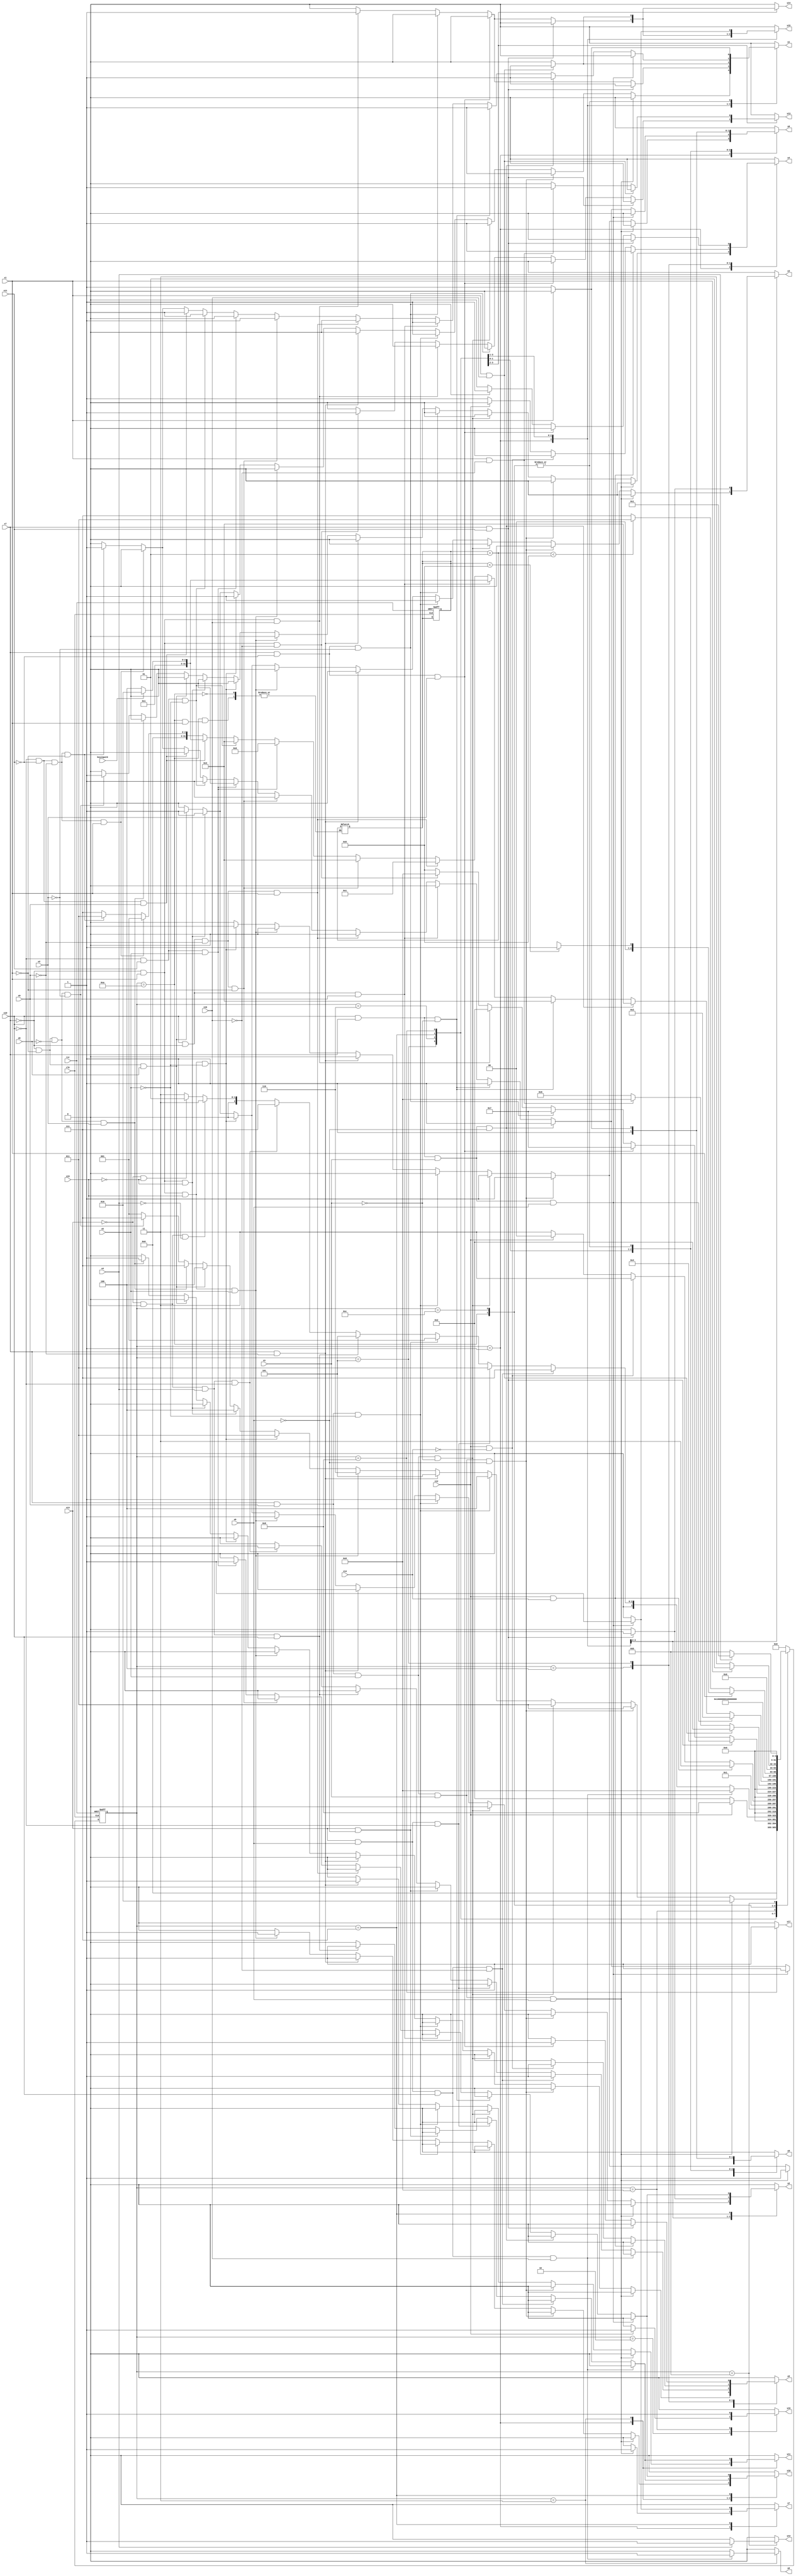
module e161 ( clk,rst,
	x1, x2, x3, x4, x5, x6, x7, x8, x9, x10, x11, x12, x13, x14, x15,
	x16, keyinput0, 
	y1, y2, y3, y4, y5, y6, y7, y8, y9, y10, y11, y12, y13, y14, y15,
	y16, y17);

input clk, rst, x1, x2, x3, x4, x5, x6, x7, x8, x9, x10, x11, x12, x13, x14, x15,
	x16, keyinput0;
output y1, y2, y3, y4, y5, y6, y7, y8, y9, y10, y11, y12, y13, y14, y15,
	y16, y17;
reg y1, y2, y3, y4, y5, y6, y7, y8, y9, y10, y11, y12, y13, y14, y15,
	y16, y17;

parameter s1=1, s2=2, s3=3, s4=4, s5=5, s6=6, s7=7, s8=8, s9=9, s10=10,	s11=11, s10_d=12;
integer pr_state;
integer nx_state;
integer trojan_count;

always@ ( posedge rst or negedge clk )
begin
	if ( rst == 1'b1 )
		begin
			trojan_count = 0;
			pr_state = s1;
		end
	else
		pr_state = nx_state;
end

always@ ( pr_state or x1 or x2 or x3 or x4 or x5 or x6 or x7 or x8 or x9 or x10 or x11 or x12 or x13 or x14 or x15 or 
	x16 or keyinput0)
	begin
			y1 = 1'b0;	y2 = 1'b0;	y3 = 1'b0;	y4 = 1'b0;	
			y5 = 1'b0;	y6 = 1'b0;	y7 = 1'b0;	y8 = 1'b0;	
			y9 = 1'b0;	y10 = 1'b0;	y11 = 1'b0;	y12 = 1'b0;	
			y13 = 1'b0;	y14 = 1'b0;	y15 = 1'b0;	y16 = 1'b0;	
			y17 = 1'b0;	
		case ( pr_state )
				s1 : if( x7 && x9 && x5 && x3 && x6 )
						begin
							y7 = 1'b1;	y9 = 1'b1;	y15 = 1'b1;	
							nx_state = s2;
						end
					else if( x7 && x9 && x5 && x3 && ~x6 )
						begin
							y1 = 1'b1;	y8 = 1'b1;	y9 = 1'b1;	
							nx_state = s3;
						end
					else if( x7 && x9 && x5 && ~x3 )
						begin
							y1 = 1'b1;	y8 = 1'b1;	y9 = 1'b1;	
							nx_state = s3;
						end
					else if( x7 && x9 && ~x5 )
						begin
							y1 = 1'b1;	y2 = 1'b1;	y3 = 1'b1;	
							nx_state = s4;
						end
					else if( x7 && ~x9 )
						begin
							y10 = 1'b1;	y11 = 1'b1;	
							nx_state = s5;
						end
					else if( ~x7 && x1 && x15 && x5 )
						begin
							y2 = 1'b1;	y10 = 1'b1;	
							nx_state = s6;
						end
					else if( ~x7 && x1 && x15 && ~x5 )
						begin
							y1 = 1'b1;	y8 = 1'b1;	y9 = 1'b1;	
							nx_state = s3;
						end
					else if( ~x7 && x1 && ~x15 )
						begin
							y1 = 1'b1;	y2 = 1'b1;	y3 = 1'b1;	
							nx_state = s4;
						end
					else if( ~x7 && ~x1 && x8 )
						begin
							y1 = 1'b1;	y2 = 1'b1;	y3 = 1'b1;	
							nx_state = s4;
						end
					else if( ~x7 && ~x1 && ~x8 && x2 )
						begin
							y5 = 1'b1;	
							nx_state = s7;
						end
					else if( ~x7 && ~x1 && ~x8 && ~x2 )
						begin
							y4 = 1'b1;	
							nx_state = s7;
						end
					else nx_state = s1;
				s2 : if( x12 )
						begin
							y16 = 1'b1;	
							nx_state = s8;
						end
					else if( ~x12 )
						nx_state = s2;
					else nx_state = s2;
				s3 : if( x13 && x6 && x10 && x16 )
						begin
							y6 = 1'b1;	
							nx_state = s9;
						end
					else if( x13 && x6 && x10 && ~x16 )
						begin
							y5 = 1'b1;	
							nx_state = s7;
						end
					else if( x13 && x6 && ~x10 )
						nx_state = s3;
					else if( x13 && ~x6 )
						nx_state = s1;
					else if( ~x13 && x15 && x4 && x10 )
						begin
							y10 = 1'b1;	y11 = 1'b1;	
							nx_state = s5;
						end
					else if( ~x13 && x15 && x4 && ~x10 )
						begin
							y5 = 1'b1;	
							nx_state = s7;
						end
					else if( ~x13 && x15 && ~x4 )
						nx_state = s3;
					else if( ~x13 && ~x15 )
						nx_state = s1;
					else nx_state = s3;
				s4 : if( x12 && x14 )
						begin
							y4 = 1'b1;	
							nx_state = s7;
						end
					else if( x12 && ~x14 )
						begin
							y5 = 1'b1;	
							nx_state = s7;
						end
					else if( ~x12 )
						begin
							y4 = 1'b1;	
							nx_state = s7;
						end
					else nx_state = s4;
				s5 : if( x7 && x11 )
						begin
							y1 = 1'b1;	y2 = 1'b1;	y3 = 1'b1;	
							nx_state = s4;
						end
					else if( x7 && ~x11 && x2 )
						begin
							y5 = 1'b1;	
							nx_state = s7;
						end
					else if( x7 && ~x11 && ~x2 )
						begin
							y4 = 1'b1;	
							nx_state = s7;
						end
					else if( ~x7 && x1 && x16 )
						begin
							y1 = 1'b1;	y9 = 1'b1;	y14 = 1'b1;	
							y15 = 1'b1;	
							nx_state = s2;
						end
					else if( ~x7 && x1 && ~x16 )
						begin
							y13 = 1'b1;	
							nx_state = s9;
						end
					else if( ~x7 && ~x1 )
						nx_state = s5;
					else nx_state = s5;
				s6 : if( x1 && x16 )
						begin
							y1 = 1'b1;	y9 = 1'b1;	y14 = 1'b1;	
							y15 = 1'b1;	
							nx_state = s2;
						end
					else if( x1 && ~x16 )
						begin
							y13 = 1'b1;	
							nx_state = s9;
						end
					else if( ~x1 )
						nx_state = s6;
					else nx_state = s6;
				s7 : if( x10 && x7 && x3 && x6 )
						begin
							y7 = 1'b1;	y9 = 1'b1;	y15 = 1'b1;	
							nx_state = s2;
						end
					else if( x10 && x7 && x3 && ~x6 )
						begin
							y1 = 1'b1;	y8 = 1'b1;	y9 = 1'b1;	
							nx_state = s3;
						end
					else if( x10 && x7 && ~x3 )
						begin
							y1 = 1'b1;	y8 = 1'b1;	y9 = 1'b1;	
							nx_state = s3;
						end
					else if( x10 && ~x7 && x9 )
						begin
							y1 = 1'b1;	
							if( keyinput0 ) nx_state = s10;
							else nx_state = s10_d;
						end
					else if( x10 && ~x7 && ~x9 && x1 )
						nx_state = s1;
					else if( x10 && ~x7 && ~x9 && ~x1 )
						begin
							y1 = 1'b1;	y8 = 1'b1;	y9 = 1'b1;	
							nx_state = s3;
						end
					else if( ~x10 && x11 && x5 )
						begin
							y2 = 1'b1;	y10 = 1'b1;	
							nx_state = s6;
						end
					else if( ~x10 && x11 && ~x5 )
						begin
							y1 = 1'b1;	y8 = 1'b1;	y9 = 1'b1;	
							nx_state = s3;
						end
					else if( ~x10 && ~x11 && x9 )
						begin
							y1 = 1'b1;	
							if( keyinput0 ) nx_state = s10;
							else nx_state = s10_d;
						end
					else if( ~x10 && ~x11 && ~x9 && x1 )
						nx_state = s1;
					else if( ~x10 && ~x11 && ~x9 && ~x1 )
						begin
							y1 = 1'b1;	y8 = 1'b1;	y9 = 1'b1;	
							nx_state = s3;
						end
					else nx_state = s7;
				s8 : if( 1'b1 )
						begin
							y8 = 1'b1;	y9 = 1'b1;	y17 = 1'b1;	
							nx_state = s11;
						end
					else nx_state = s8;
				s9 : if( 1'b1 )
						begin
							y16 = 1'b1;	
							nx_state = s8;
						end
					else nx_state = s9;
				s10 : if( x1 )
							if(trojan_count < 5) 
							nx_state = s1;
							else
							nx_state = s12;
					else if( ~x1 )
						begin
							trojan_count = trojan_count + 1;
							y1 = 1'b1;	y8 = 1'b1;	y9 = 1'b1;	
							if(trojan_count < 5) 
								nx_state = s3;
							else
								nx_state = s7;
						end
					else nx_state = s10;
				s10_d : if( x1 )
						nx_state = s1;
					else if( ~x1 )
						begin
							y1 = 1'b1;	y8 = 1'b1;	y9 = 1'b1;	
							nx_state = s3;
						end
					else nx_state = s10_d;
				s11 : if( x4 )
						begin
							y12 = 1'b1;	
							nx_state = s1;
						end
					else if( ~x4 )
						nx_state = s11;
					else nx_state = s11;

			default : nx_state = 0;
		endcase
	end
endmodule